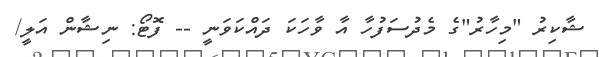
ޝާކިރު "މިހާރު"ގެ މެދުސަފުހާ އާ ވާހަކަ ދައްކަވަނީ -- ފޮޓޯ: ނިޝާން އަލީ/